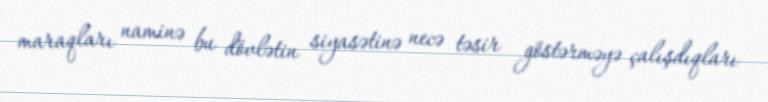
maraqları naminə bu dövlətin siyasətinə necə təsir göstərməyə çalışdıqları